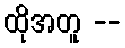
ထိုအတူ --